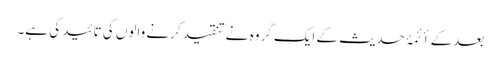
بعد کے أئمۂ حدیث کے ایک گروہ نے تنقید کرنے والوں کی تائید کی ہے۔